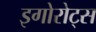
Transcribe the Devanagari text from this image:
इगोरोट्स